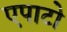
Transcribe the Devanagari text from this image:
एपाटो